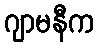
ဂျာမနီက